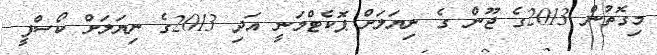
މިގޮތުން 2013ގެ ޖޫން ގެ ނިޔަލަށް ޕޮކެޓްމަނީ އަދި 2013ގެ ނިޔަލަށް ކޯސްފީ